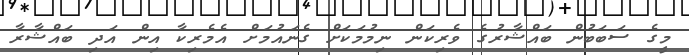
މީގެ ސަބަބުން ބައްޝާރުގެ ވެރިކަން ނިމުމަކަށް ގެނައުމަށް އެމެރިކާ އިން އަދި ބައްޝާރާ